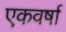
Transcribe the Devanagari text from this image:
एकवर्षा